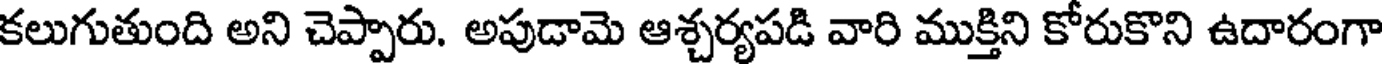
కలుగుతుంది అని చెప్పారు. అపుడామె ఆశ్చర్యపడి వారి ముక్తిని కోరుకొని ఉదారంగా